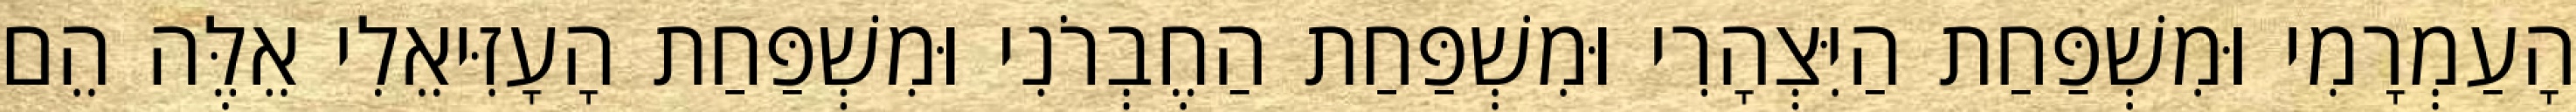
הָעַמְרָמִי וּמִשְׁפַּחַת הַיִּצְהָרִי וּמִשְׁפַּחַת הַחֶבְרֹנִי וּמִשְׁפַּחַת הָעָזִּיאֵלִי אֵלֶּה הֵם